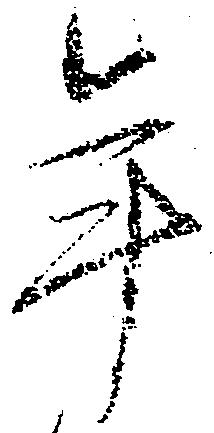
年